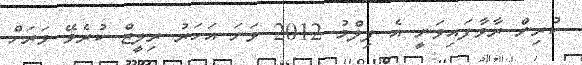
ކުރިން ރާވާފައިވަނީ އެ ފިލްމު 2012 ވަނަ އަހަރު ރިލީޒް ކުރެވޭ ވަރަށް